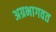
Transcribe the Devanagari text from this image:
अग्रभागवत